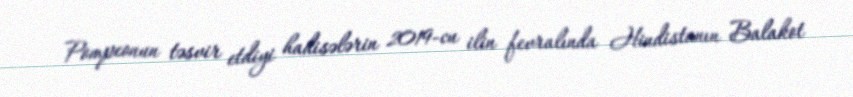
Pompeonun təsvir etdiyi hadisələrin 2019-cu ilin fevralında Hindistanın Balakot